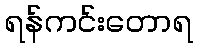
ရန်ကင်းတောရ